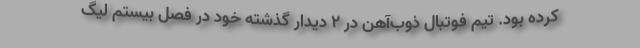
کرده بود. تیم فوتبال ذوب‌آهن در ۲ دیدار گذشته خود در فصل بیستم لیگ